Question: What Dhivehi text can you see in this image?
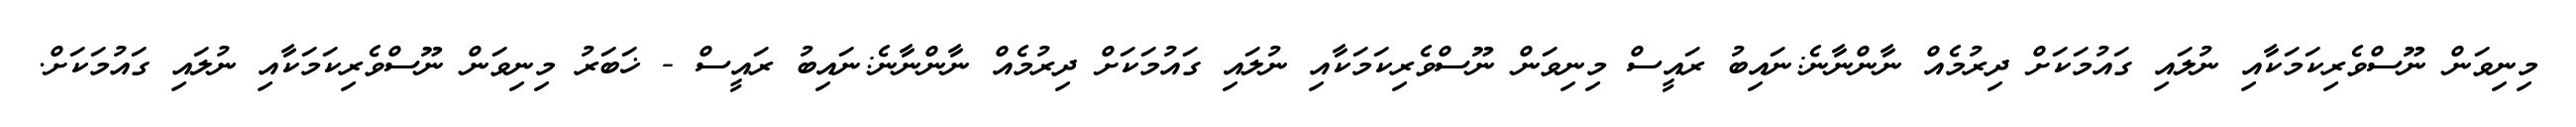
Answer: މިނިވަން ނޫސްވެރިކަމަކާއި ނުލައި ގައުމަކަށް ދިރުމެއް ނާންނާނެ:ނައިބު ރައީސް މިނިވަން ނޫސްވެރިކަމަކާއި ނުލައި ގައުމަކަށް ދިރުމެއް ނާންނާނެ:ނައިބު ރައީސް - ޚަބަރު މިނިވަން ނޫސްވެރިކަމަކާއި ނުލައި ގައުމަކަށް.